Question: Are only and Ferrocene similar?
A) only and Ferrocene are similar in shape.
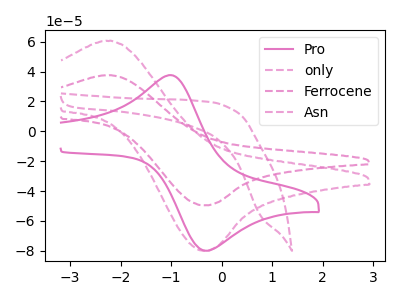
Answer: <think>The pink curve "Pro" has an anodic peak at (-0.95V, 37.15uA) and a cathodic peak at (-0.25V, -79.85uA). The pink dashed curve "only" has an anodic peak at (-2.20V, 60.60uA) and a cathodic peak at (-0.35V, -79.95uA). The pink dashed curve "Ferrocene" has an anodic peak at (-2.20V, 37.55uA) and a cathodic peak at (-0.35V, -49.55uA). The pink dashed curve "Asn" has no peaks.
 All the peaks in "only" have a peak in "Ferrocene" at the same potential. Every peak in "only" is higher than every peak in "Ferrocene".</think>
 <answer>A) "only" and "Ferrocene" are similar in shape.</answer>
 <eval>A</eval>